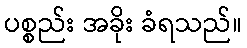
ပစ္စည်း အခိုး ခံရသည်။